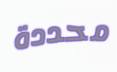
محددة